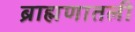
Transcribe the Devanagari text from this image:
ब्राह्मणातली